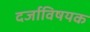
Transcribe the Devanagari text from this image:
दर्जाविषयक